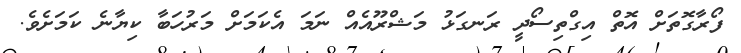
ފޯރާގޮތަށް އޮތް އިގްތިސޯދީ ރަނގަޅު މަޝްރޫއެއް ނަމަ އެކަމަށް މަރުހަބާ ކިޔާނެ ކަމަށެވެ.